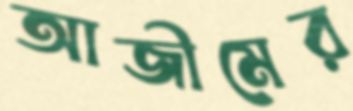
আজীমের